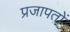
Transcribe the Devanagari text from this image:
प्रजापतों